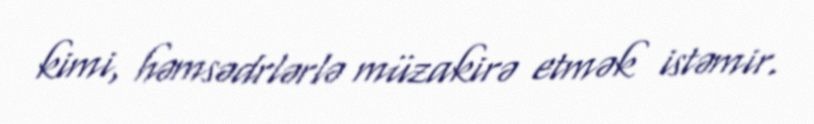
kimi, həmsədrlərlə müzakirə etmək istəmir.